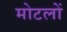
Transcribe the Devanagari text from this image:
मोटलों